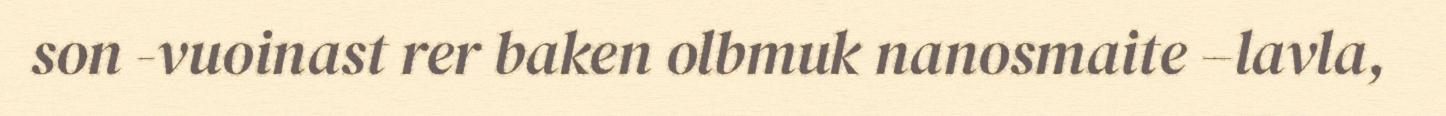
son -vuoinast rer baken olbmuk nanosmaite –lavla,